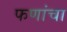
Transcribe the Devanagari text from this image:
फणांचा